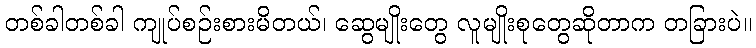
တစ်ခါတစ်ခါ ကျုပ်စဉ်းစားမိတယ်၊ ဆွေမျိုးတွေ လူမျိုးစုတွေဆိုတာက တခြားပဲ။